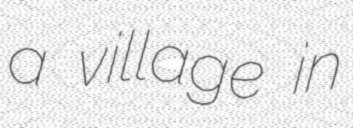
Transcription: a village in